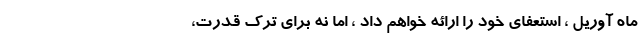
ماه آوریل ، استعفای خود را ارائه خواهم داد ، اما نه برای ترک قدرت،